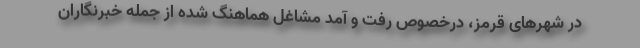
در شهرهای قرمز، درخصوص رفت و آمد مشاغل هماهنگ شده از جمله خبرنگاران